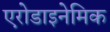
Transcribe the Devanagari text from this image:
एरोडाइनेमिक